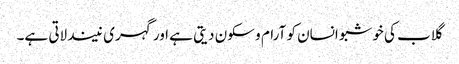
گلاب کی خوشبو انسان کو آرام و سکون دیتی ہے اور گہری نیند لاتی ہے۔